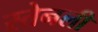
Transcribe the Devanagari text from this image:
स्तेनली